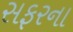
સફરના